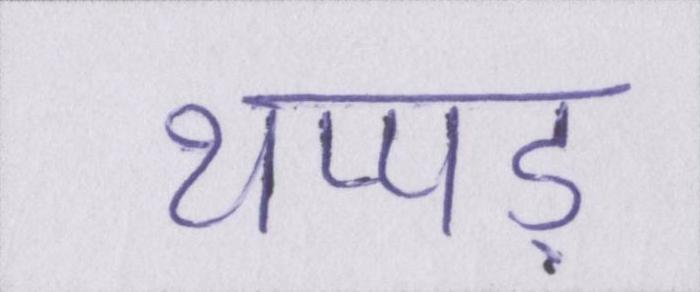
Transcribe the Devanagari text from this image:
थप्पड़